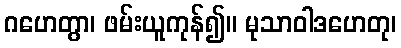
ဂဟေတွာ၊ ဖမ်းယူကုန်၍။ မုသာဝါဒဟေတု၊